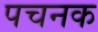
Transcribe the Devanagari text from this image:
पचनक